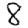
Digit: 8